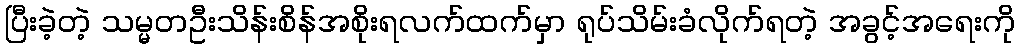
ပြီးခဲ့တဲ့ သမ္မတဦးသိန်းစိန်အစိုးရလက်ထက်မှာ ရုပ်သိမ်းခံလိုက်ရတဲ့ အခွင့်အရေးကို